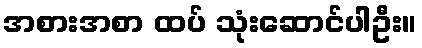
အစားအစာ ထပ် သုံးဆောင်ပါဦး။